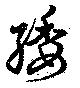
緌